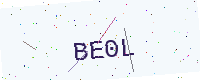
Text: BE0L